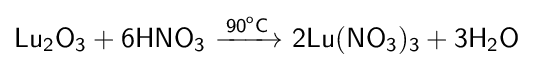
{\mathsf {Lu_{2}O_{3}+6HNO_{3}\ {\xrightarrow {90^{o}C}}\ 2Lu(NO_{3})_{3}+3H_{2}O}}